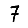
Digit: 7